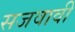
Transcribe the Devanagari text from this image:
सजवावी